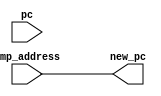
module JMP (
    input wire [19:0] pc, //program counter, holds memory address of next instruction
    input wire [19:0] jmp_address, // address of pc from GPR
    output reg [19:0] new_pc // New program counter after JMP operation
);

always @(*) begin
    new_pc = jmp_address; // Updates program counter with the new JMP address
end

endmodule